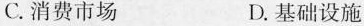
C.消费市场 D.基础设施